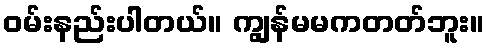
ဝမ်းနည်းပါတယ်။ ကျွန်မမကတတ်ဘူး။